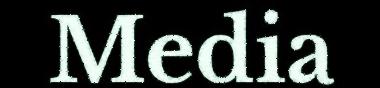
Media